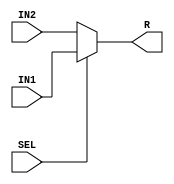
`timescale 1ns / 1ps

module BusMux2(
    input [31:0] IN1,
    input [31:0] IN2,
    input SEL,
    output reg [31:0] R
    );

	always @(*)
	begin
		if (SEL) begin
			R = IN1;
		end else begin
			R = IN2;
		end
	end

endmodule